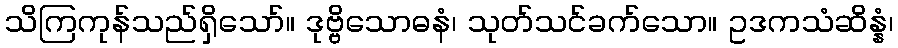
သိကြကုန်သည်ရှိသော်။ ဒုဗ္ဗိသောဓနံ၊ သုတ်သင်ခက်သော။ ဥဒကသံဆိန္နံ၊